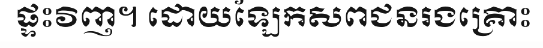
ផ្ទះវិញ។ ដោយឡែកសពជនរងគ្រោះ